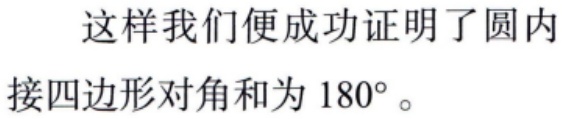
这样我们便成功证明了圆内接四边形对角和为 \(180^{\circ}\)。